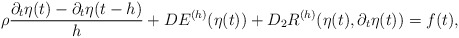
\begin{align*}\rho\frac{\partial_t \eta(t) - \partial_t \eta(t-h)}{h} + DE^{(h)}(\eta(t))+D_2 R^{(h)}(\eta(t), \partial_t\eta(t)) = f(t),\end{align*}